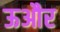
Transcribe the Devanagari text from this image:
ऊऔर